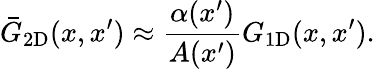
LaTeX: \bar{G}_{\mathrm{2D}}(x,x^{\prime})\approx\frac{\alpha(x^{\prime})}{A(x^{\prime})}G_{\mathrm{1D}}(x,x^{\prime}).